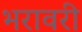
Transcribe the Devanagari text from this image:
भरावरी